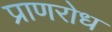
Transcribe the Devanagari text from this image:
प्राणरोध